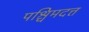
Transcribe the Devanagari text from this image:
पश्चिमदत्त